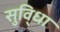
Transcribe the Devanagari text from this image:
सुवि्धा